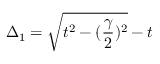
\Delta _ { 1 } = \sqrt { t ^ { 2 } - ( \frac { \gamma } { 2 } ) ^ { 2 } } - t